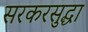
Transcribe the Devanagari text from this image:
सरकरसुद्धा